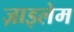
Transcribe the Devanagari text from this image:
ज़ाइलेम